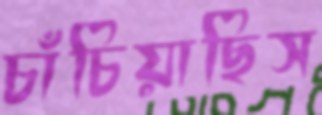
চাঁচিয়াছিস